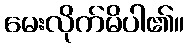
မေးလိုက်မိပါ၏။